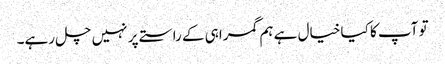
تو آپ کا کیا خیال ہے ہم گمراہی کے راستے پر نہیں چل رہے۔